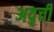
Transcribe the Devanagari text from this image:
अवृत्ती